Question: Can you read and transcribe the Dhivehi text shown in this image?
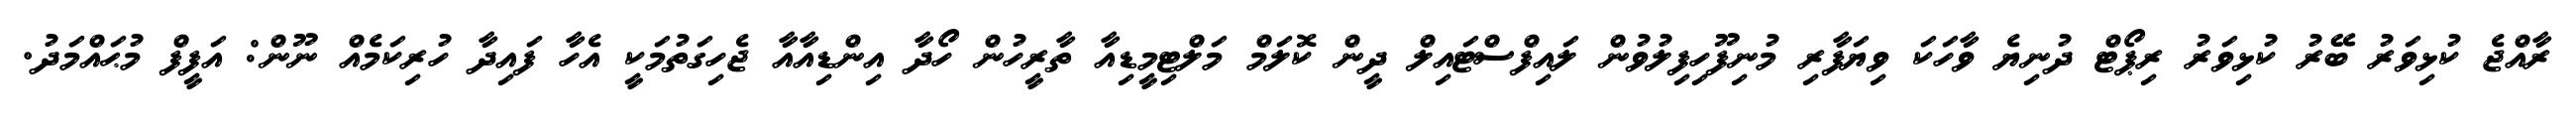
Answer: ރާއްޖެ ކުޅިވަރު ބޭރު ކުޅިވަރު ރިޕޯޓް ދުނިޔެ ވާހަކަ ވިޔަފާރި މުނިފޫހިފިލުވުން ލައިފްސްޓައިލް ދީން ކޮލަމް މަލްޓިމީޑިއާ ތާރީހުން ހޯދާ އިންޑިއާއާ ޖެހިގަތުމަކީ އެހާ ފައިދާ ހުރިކަމެއް ނޫން: އަފީފް މުޙައްމަދު.